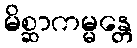
မိစ္ဆာကမ္မန္တေ